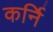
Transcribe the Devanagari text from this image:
कर्नि